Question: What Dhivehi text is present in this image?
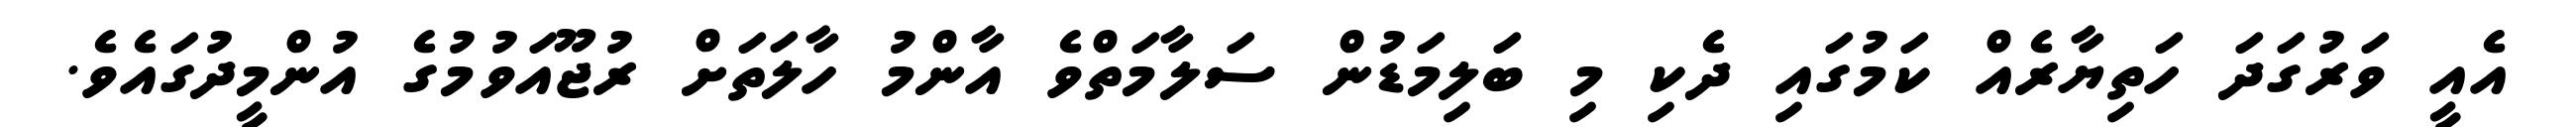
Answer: އެއީ ވަރުގަދަ ހަތިޔާރެއް ކަމުގައި ދެކި މި ބަލިމަޑުން ސަލާމަތްވެ އާންމު ހާލަތަށް ރުޖޫއަވުމުގެ އުންމީދުގައެވެ.